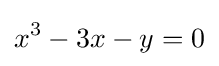
x^{3}-3x-y=0